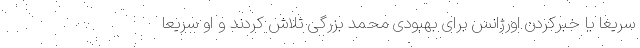
سریعا با خبرکردن اورژانس برای بهبودی محمد بزرگی تلاش کردند و او سریعا